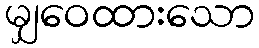
မျှဝေထားသော